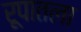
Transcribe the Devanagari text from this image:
रूपातला